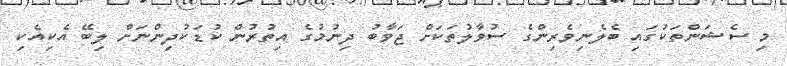
މި ސެޝަންތަކުގައި ބެލެނިވެރިންގެ ސުވާލުތަކަށް ޖަވާބު ދިނުމުގެ އިތުރުން ކުޑަކުދިންނަށް ލިބޭ އެކިއެކި